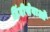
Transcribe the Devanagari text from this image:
हिंदीसेवाओं